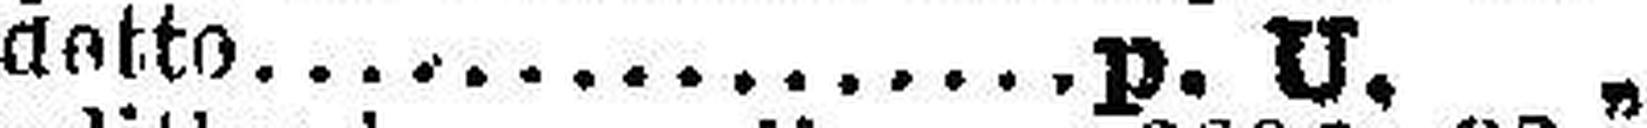
detto p. U. „